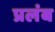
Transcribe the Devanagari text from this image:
प्रलंब